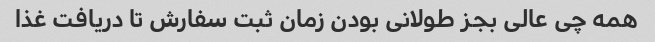
همه چی عالی بجز طولانی بودن زمان ثبت سفارش تا دریافت غذا